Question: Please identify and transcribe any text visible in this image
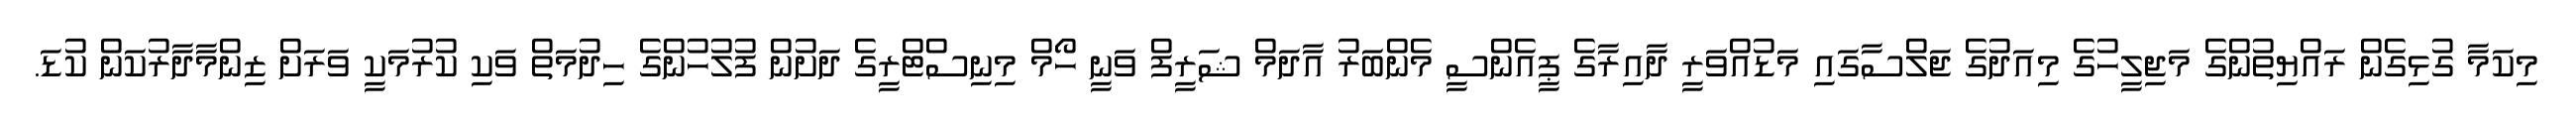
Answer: މިކަމާ ގުޅިގެން ރައްޔިތުންގެ މަޖިލީހުގެ މިއަދުގެ ޖަލްސާގައި މަޑުއްވަރީ ދާއިރާގެ ޕީއެންސީ މެންބަރު އާދަމް ޝަރީފް ވަނީ ހޯމް މިނިސްޓްރީގެ ދަށުން ފުލުހުންގެ ހިދުމަތް ވަކި ކުރުމަކީ ވަރަށް ޒިންމާދާރުކަން ކުޑަ.